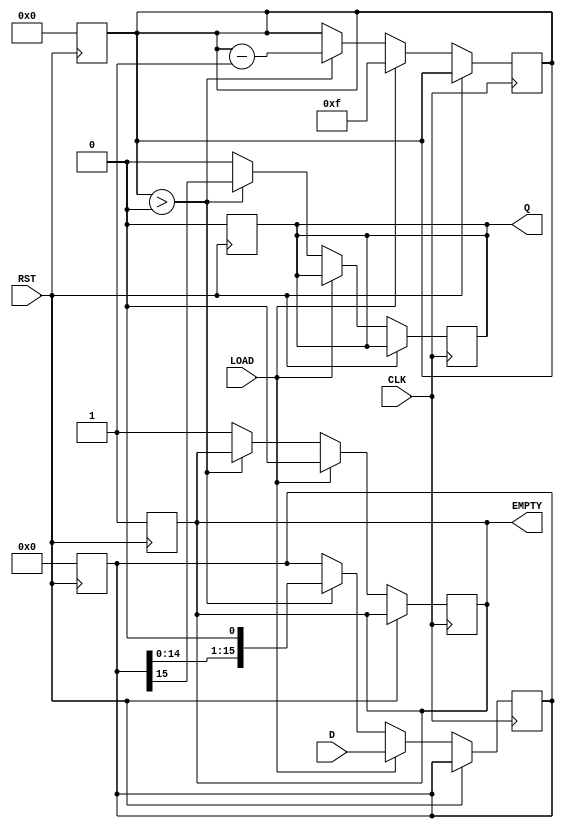
module piso_register (
    input wire        CLK,        // Clock signal
    input wire        LOAD,       // Load control signal
    input wire        RST,        // Reset signal
    input wire [15:0] D,          // 16-bit parallel data input
    output reg       Q,           // Serial output
    output reg       EMPTY        // Output to indicate when register is empty
);

    reg [15:0] internal_reg;       // Internal register to hold data
    reg [4:0] count;               // Counter to track number of bits shifted out

    // Asynchronous reset
    always @(posedge RST) begin
        internal_reg <= 16'b0;     // Initialize register to zero
        Q <= 1'b0;                 // Output also zero on reset
        count <= 5'b0;             // Reset count
        EMPTY <= 1'b1;             // Indicate that register is empty
    end

    // Shift/Load operation
    always @(posedge CLK) begin
        if (RST) begin
            // Already handled in reset block
        end else if (LOAD) begin
            internal_reg <= D;      // Load parallel data into register
            count <= 5'd15;         // Set count to max (15 since 0-indexed)
            EMPTY <= 1'b0;          // Register is not empty
        end else begin
            if (count > 0) begin
                Q <= internal_reg[15]; // Shift out MSB
                internal_reg <= {internal_reg[14:0], 1'b0}; // Shift left and fill LSB with zero
                count <= count - 1;  // Decrement count of bits shifted
            end else begin
                Q <= 1'b0;            // Output zero when shifting is complete
                EMPTY <= 1'b1;        // Indicate register is empty
            end
        end
    end

endmodule